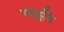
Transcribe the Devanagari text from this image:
पक्षी